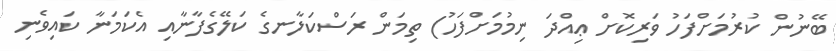
ބޭނުން ކުރުމަށްފަހު ވަރިކޮށް ޢިއްދަ ނިމުމަށްފަހު) ތިމަން ރަސްކަލާނގެ ކަލޭގެފާނާއި އެކަމަނާ ކައިވެނި